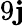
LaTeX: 9\mathbf{j}